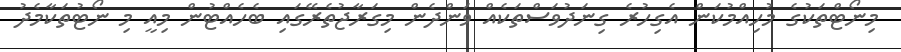
މިނޯޓްތަކުގެ މުހިއްމުކަން އެގިހުރެ ގިނަދުވަސްތަކެއް ވަންދެން މިގަރާޖުތެރޭގައި ބެހެއްޓުން މިއީ މި ނޯޓުތަކާމެދު